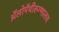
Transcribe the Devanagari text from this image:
ॲलोपॅथीरुग्णालय